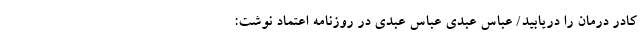
کادر درمان را دریابید/ عباس عبدی عباس عبدی در روزنامه اعتماد نوشت: